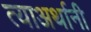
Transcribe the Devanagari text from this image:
त्याअर्थानी